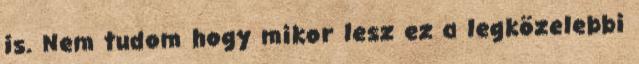
is. Nem tudom hogy mikor lesz ez a legközelebbi